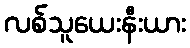
လစ်သူယေးနီးယား